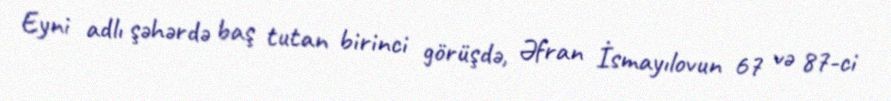
Eyni adlı şəhərdə baş tutan birinci görüşdə, Əfran İsmayılovun 67 və 87-ci